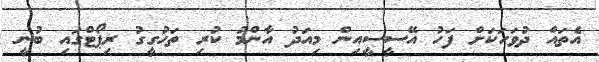
އެތައް ދުވަހަކަށް ފަހު އޭސީސީއިން މިއަދު އާންމު ކުރި ތަހުގީގު ރިޕޯޓްގައި ބުނީ